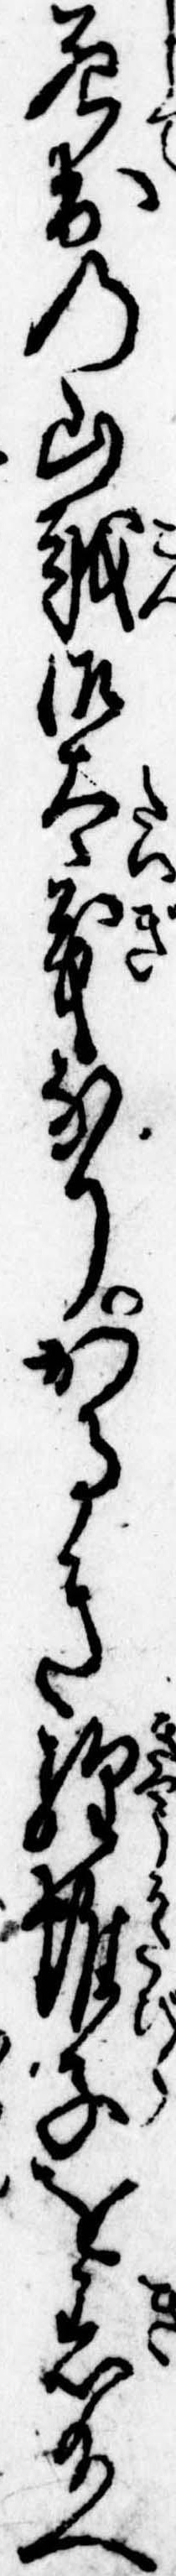
死出の山越御太義なりかるき経帷子を着給へ